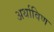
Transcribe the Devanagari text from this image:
अर्थाविण